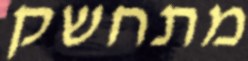
מתחשק